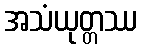
အသံယုတ္တဿ